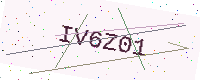
Text: IV6Z01